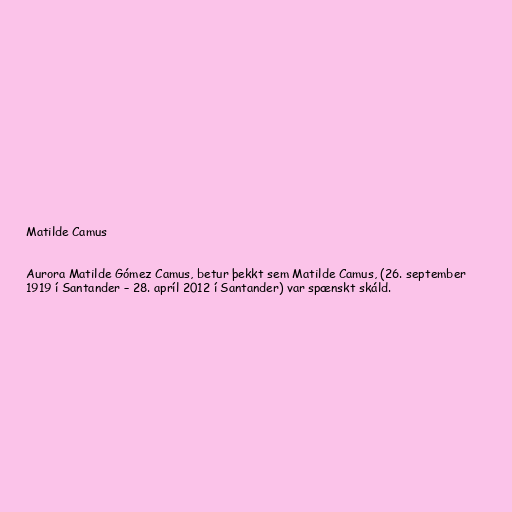
Matilde Camus

Aurora Matilde Gómez Camus, betur þekkt sem Matilde Camus, (26. september
1919 í Santander – 28. apríl 2012 í Santander) var spænskt skáld.